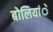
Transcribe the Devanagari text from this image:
बोलियांे